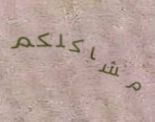
مشاكلكم